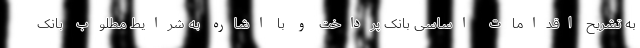
به تشریح اقدامات اساسی بانک پرداخت و با اشاره به شرایط مطلوب بانک